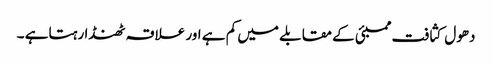
دھول کثافت ممبئی کے مقابلے میں کم ہے اور علاقہ ٹھنڈا رہتاہے ۔